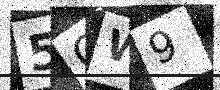
Text: 5QW9